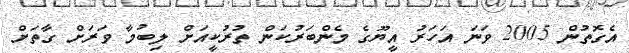
އެގޮތުން 2005 ވަނަ އަހަރު އީޔޫގެ މެންބަރުކަން ތުރުކީއަށް ލިބުމާ ވަރަށް ގާތަށް